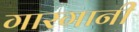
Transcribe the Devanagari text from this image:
गारगानी